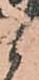
々